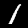
Label: 1